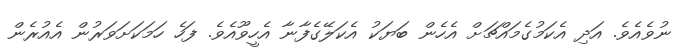
ނުވެއެވެ. އަދި އެކަމުގެމައްޗަށް އެހެން ބަޔަކު އެކަލޭގެފާނާ އެހީވޫއެވެ. ފަހެ ހަމަކަށަވަރުން އެއުރެން